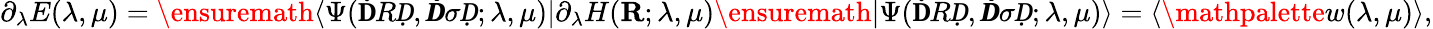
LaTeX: \partial_{\lambda}E(\lambda,\mu)=\ensuremath{\langle\Psi(\mathbf ḊRḌ,\pmb Ḋ\sigma Ḍ;\lambda,\mu)\vert}\partial_{\lambda}H(\mathbf{R};\lambda,\mu)\ensuremath{\vert\Psi(\mathbf ḊRḌ,\pmb Ḋ\sigma Ḍ;\lambda,\mu)\rangle}=\langle\mathpalette{w}(\lambda,\mu)\rangle,